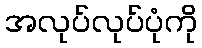
အလုပ်လုပ်ပုံကို